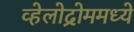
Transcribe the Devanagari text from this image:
व्हेलोद्रोममध्ये